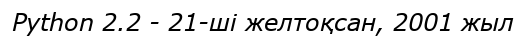
Python 2.2 - 21-ші желтоқсан, 2001 жыл